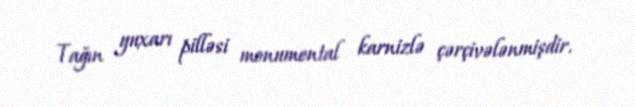
Tağın yuxarı pilləsi monumental karnizlə çərçivələnmişdir.